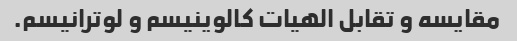
مقایسه و تقابل الهیات کالوینیسم و لوترانیسم.